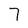
Character: 7